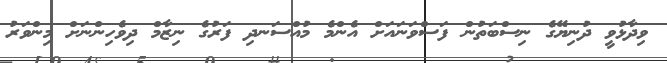
ވިދާޅުވީ ދުނިޔޭގެ ނިސްބަތުން ފަސްވަނައަށް އެންމެ މުއްސަނދި ފަރުގެ ނިޒާމް ދިވެހިންނަށް މިންވަރު